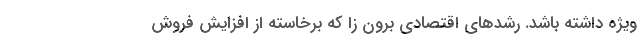
ویژه داشته باشد. رشد­های اقتصادی برون ­زا که برخاسته از افزایش فروش